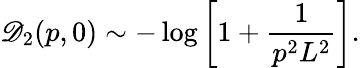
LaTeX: \mathscr{D}_{2}(p,0)\sim-\log\left[1+\frac{{1}}{{p^{2}L^{2}}}\right].